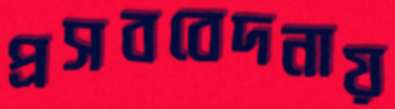
প্রসববেদনায়